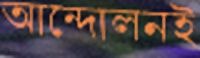
আন্দোলনই